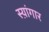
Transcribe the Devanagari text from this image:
स्य़ांगार